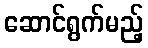
ဆောင်ရွက်မည့်